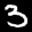
Label: 3